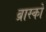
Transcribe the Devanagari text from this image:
ब्रास्को